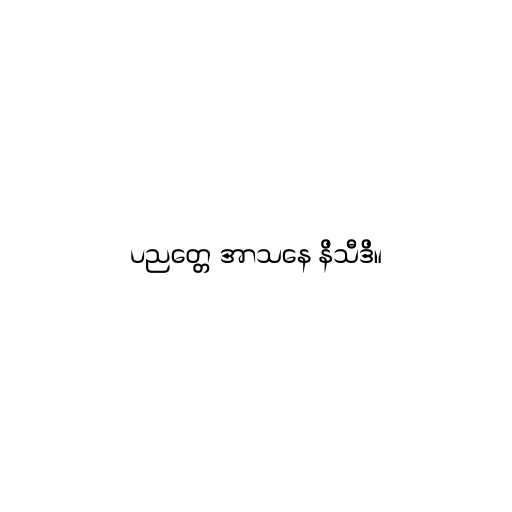
ပညတ္တေ အာသနေ နိသီဒိ။